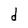
Character: d